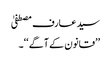
سید عارف مصطفیٰ
’’قانون کے آگے ‘‘۔